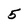
Character: 5